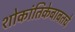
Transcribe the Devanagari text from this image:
शोकांतिकेबाबतचे